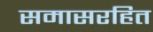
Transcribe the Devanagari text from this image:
समासरहित